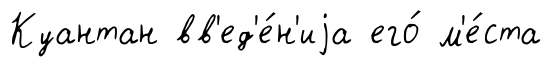
Куантан вв'ед'е́н'иjа его́ м'е́ста